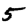
Digit: 5